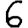
Digit: 6